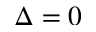
\Delta = 0